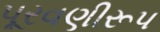
પૂરવણીરૂપ